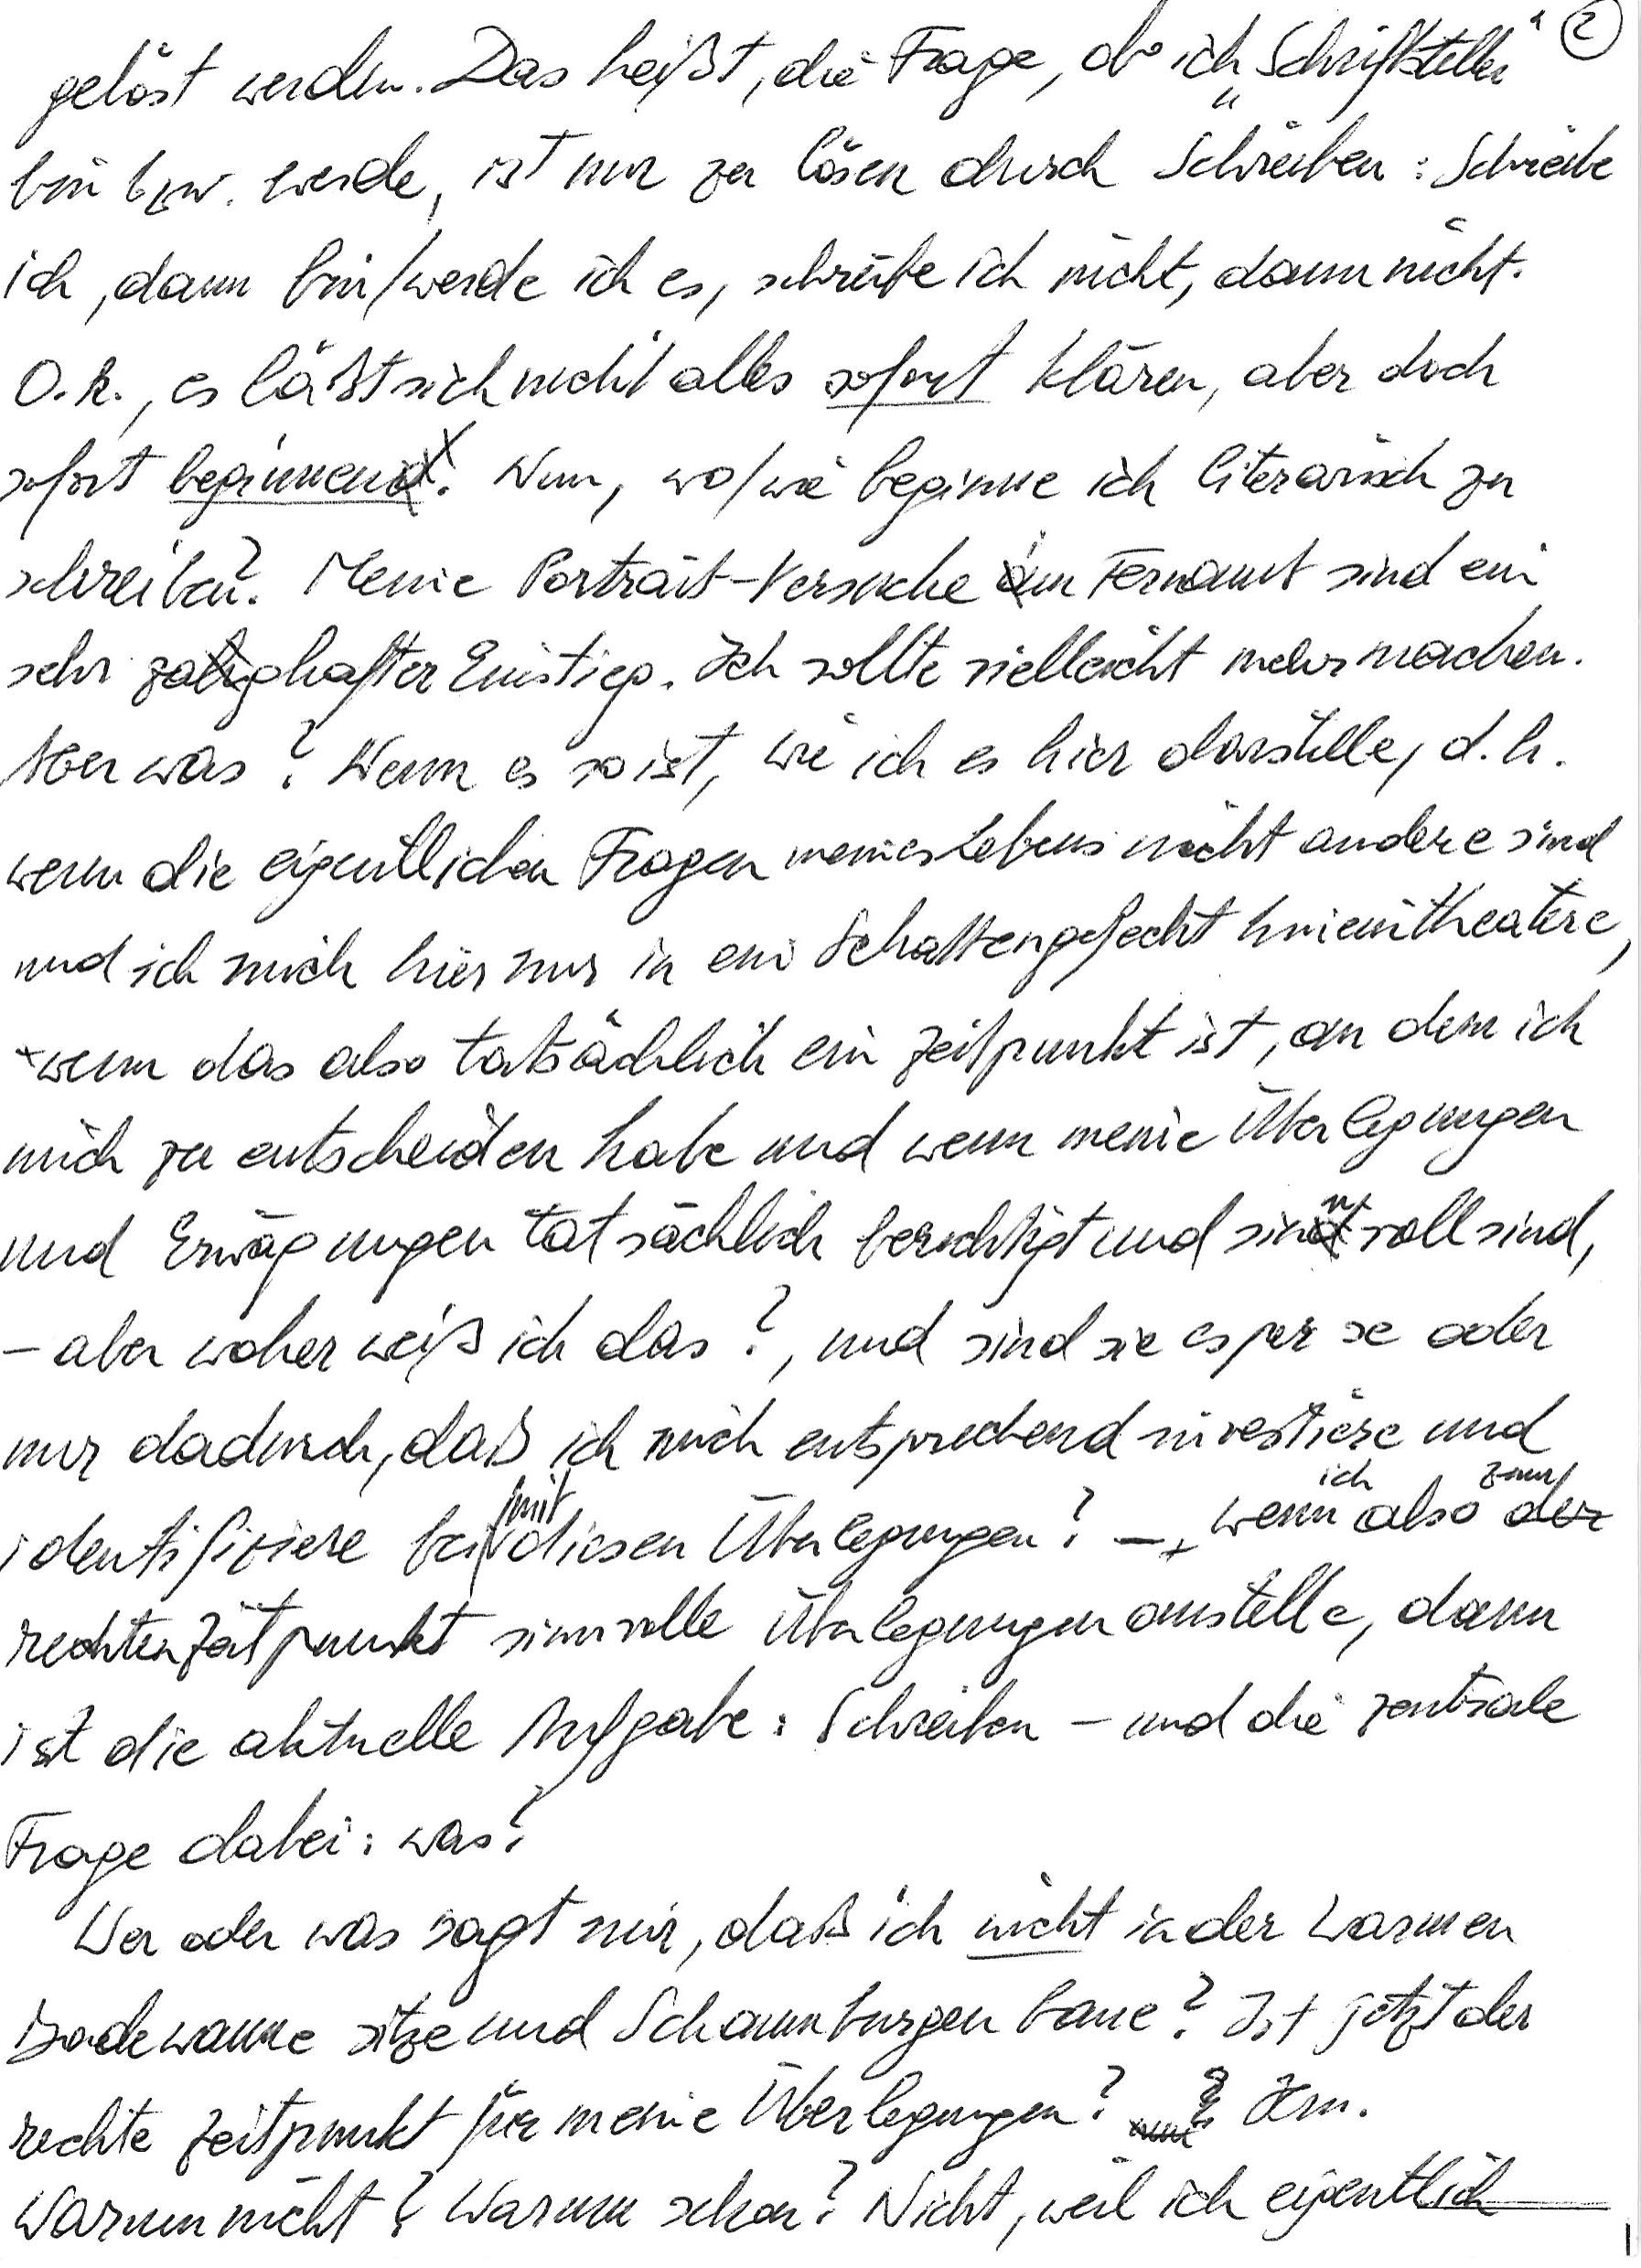
gelöst werden. Das heißt, die Frage, ob ich „Schriftsteller“
bin bzw. werde, ist nur zu lösen durch Schreiben: Schreibe
ich, dann bin/werde ich es, schreibe ich nicht, dann nicht.
O. k., es läßt sich nicht alles sofort klären, aber doch
sofort beginnen. Nun, wo/wie beginne ich literarisch zu
schreiben? Meine Portrait-Versuche im Fernamt sind ein
sehr zaghafter Einstieg. Ich sollte vielleicht mehr machen.
Aber was? Wenn es so ist, wie ich es hier darstelle, d. h.
wenn die eigentlichen Fragen meines Lebens nicht andere sind
und ich mich hier nur in ein Schattengefecht hineintheatere,
wenn das also tatsächlich ein Zeitpunkt ist, an dem ich
mich zu entscheiden habe und wenn meine Überlegungen
und Erwägungen tatsächlich berechtigt und sinnvoll sind,
– aber woher weiß ich das?, und sind sie es per se oder
nur dadurch, daß ich mich entsprechend investiere und
identifiziere bei/mit diesen Überlegungen? – wenn ich also zum
rechten Zeitpunkt sinnvolle Überlegungen anstelle, dann
ist die aktuelle Aufgabe: Schreiben – und die zentrale
Frage dabei: was?
Wer oder was sagt mir, daß ich nicht in der warmen
Badewanne sitze und Schaumburgen baue? Ist jetzt der
rechte Zeitpunkt für meine Überlegungen? Hm.
Warum nicht? Warum schon? Nicht, weil ich eigentlich